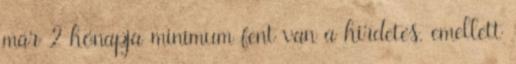
már 2 hónapja minimum fent van a hirdetés, emellett